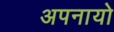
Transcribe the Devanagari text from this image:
अपनायो